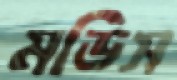
মডিস